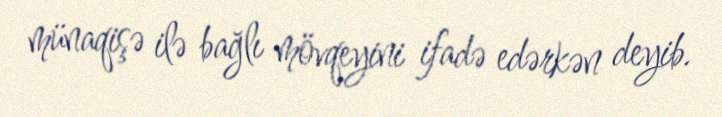
münaqişə ilə bağlı mövqeyini ifadə edərkən deyib.